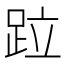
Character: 𨀎